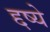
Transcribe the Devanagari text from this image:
द्दष्ये